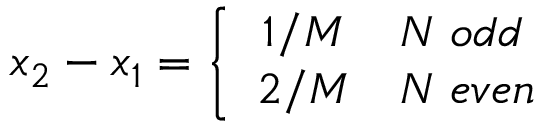
x _ { 2 } - x _ { 1 } = \left\{ \begin{array} { c l } { { 1 / M } } & { { N \; o d d } } \\ { { 2 / M } } & { { N \; e v e n } } \end{array} \right.